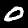
Digit: 0